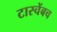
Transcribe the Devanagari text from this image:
टास्चेंबच